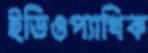
ইডিওপ্যাথিক